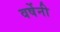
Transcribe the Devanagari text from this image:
वर्षेनी